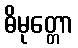
ဓိမုတ္တော